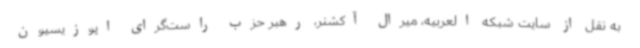
به نقل از سایت شبکه العربیه، میرال آکشنر، رهبر حزب راست‌گرای اپوزیسیون